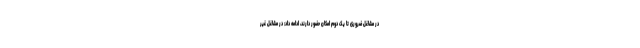
در مشاغل ضروری تا یک دوم امکان حضور دارند، ادامه داد: در مشاغل غیر